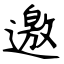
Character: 邀